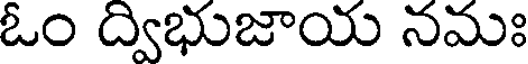
ఓం ద్విభుజాయ నమః